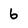
Character: 6